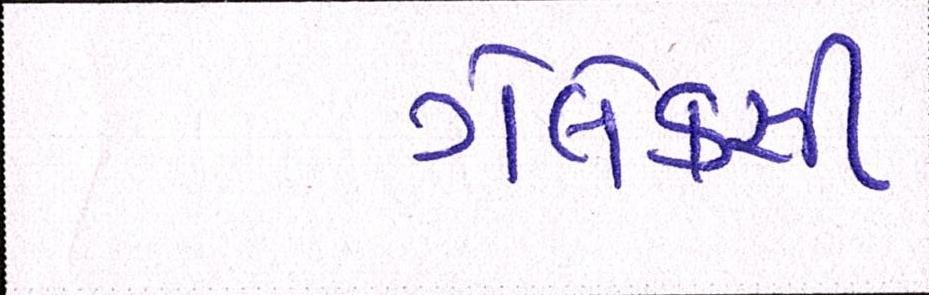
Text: ગેલેક્સી